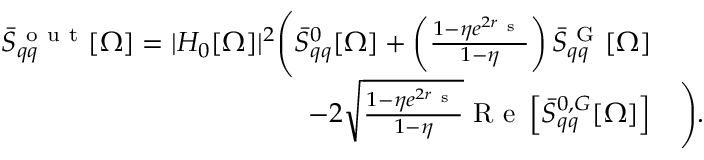
\begin{array} { r l } { \bar { S } _ { q q } ^ { \mathrm { ~ o ~ u ~ t ~ } } [ \Omega ] = | H _ { 0 } [ \Omega ] | ^ { 2 } \Bigg ( \bar { S } _ { q q } ^ { 0 } [ \Omega ] + \left( \frac { 1 - \eta e ^ { 2 r _ { \mathrm { ~ s ~ } } } } { 1 - \eta } \right) \bar { S } _ { q q } ^ { \mathrm { ~ G ~ } } [ \Omega ] } & { { } } \\ { - 2 \sqrt { \frac { 1 - \eta e ^ { 2 r _ { \mathrm { ~ s ~ } } } } { 1 - \eta } } \mathrm { ~ R ~ e ~ } \left[ \bar { S } _ { q q } ^ { 0 , G } [ \Omega ] \right] } & { { } \Bigg ) . } \end{array}